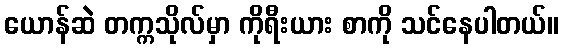
ယောန်ဆဲ တက္ကသိုလ်မှာ ကိုရီးယား စာကို သင်နေပါတယ်။